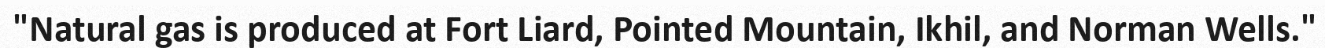
"Natural gas is produced at Fort Liard, Pointed Mountain, Ikhil, and Norman Wells."